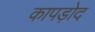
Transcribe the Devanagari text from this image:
कापड़ोद